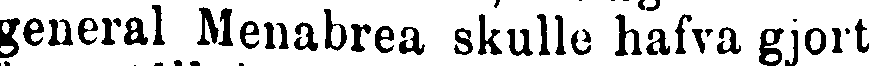
general Menabrea skulle hafva gjort